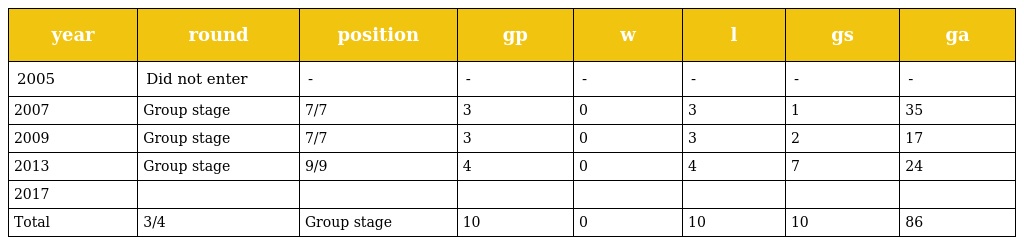
| year | round | position | gp | w | l | gs | ga |
 | --- | --- | --- | --- | --- | --- | --- | --- |
 | 2005 | Did not enter | - | - | - | - | - | - |
 | 2007 | Group stage | 7/7 | 3 | 0 | 3 | 1 | 35 |
 | 2009 | Group stage | 7/7 | 3 | 0 | 3 | 2 | 17 |
 | 2013 | Group stage | 9/9 | 4 | 0 | 4 | 7 | 24 |
 | 2017 |  |  |  |  |  |  |  |
 | Total | 3/4 | Group stage | 10 | 0 | 10 | 10 | 86 |